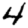
Digit: 4